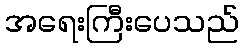
အရေးကြီးပေသည်